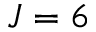
J = 6